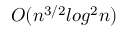
O ( n ^ { 3 / 2 } l o g ^ { 2 } n )